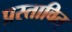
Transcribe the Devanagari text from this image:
प्रस्तावित्